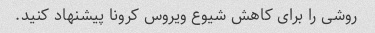
روشی را برای کاهش شیوع ویروس کرونا پیشنهاد کنید.